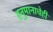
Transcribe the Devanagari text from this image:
हनुमानाचेही